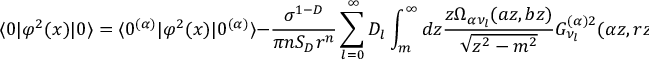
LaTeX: \langle 0 | \varphi ^ { 2 } ( x ) | 0 \rangle = \langle 0 ^ { ( \alpha ) } | \varphi ^ { 2 } ( x ) | 0 ^ { ( \alpha ) } \rangle - \frac { \sigma ^ { 1 - D } } { \pi n S _ { D } r ^ { n } } \sum _ { l = 0 } ^ { \infty } D _ { l } \int _ { m } ^ { \infty } d z \frac { z \Omega _ { \alpha \nu _ { l } } ( a z , b z ) } { \sqrt { z ^ { 2 } - m ^ { 2 } } } G _ { \nu _ { l } } ^ { ( \alpha ) 2 } ( \alpha z , r z ) ,